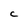
Character: C